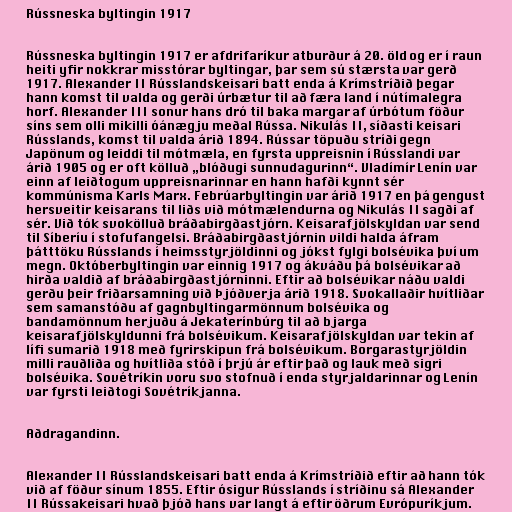
Rússneska byltingin 1917

Rússneska byltingin 1917 er afdrifaríkur atburður á 20. öld og er í raun
heiti yfir nokkrar misstórar byltingar, þar sem sú stærsta var gerð
1917. Alexander II Rússlandskeisari batt enda á Krímstríðið þegar
hann komst til valda og gerði úrbætur til að færa land í nútímalegra
horf. Alexander III sonur hans dró til baka margar af úrbótum föður
síns sem olli mikilli óánægju meðal Rússa. Nikulás II, síðasti keisari
Rússlands, komst til valda árið 1894. Rússar töpuðu stríði gegn
Japönum og leiddi til mótmæla, en fyrsta uppreisnin í Rússlandi var
árið 1905 og er oft kölluð „blóðugi sunnudagurinn“. Vladímír Lenín var
einn af leiðtogum uppreisnarinnar en hann hafði kynnt sér
kommúnisma Karls Marx. Febrúarbyltingin var árið 1917 en þá gengust
hersveitir keisarans til liðs við mótmælendurna og Nikulás II sagði af
sér. Við tók svokölluð bráðabirgðastjórn. Keisarafjölskyldan var send
til Síberíu í stofufangelsi. Bráðabirgðastjórnin vildi halda áfram
þátttöku Rússlands í heimsstyrjöldinni og jókst fylgi bolsévika því um
megn. Októberbyltingin var einnig 1917 og ákváðu þá bolsévikar að
hirða valdið af bráðabirgðastjórninni. Eftir að bolsévikar náðu valdi
gerðu þeir friðarsamning við Þjóðverja árið 1918. Svokallaðir hvítliðar
sem samanstóðu af gagnbyltingarmönnum bolsévika og
bandamönnum herjuðu á Jekaterínbúrg til að bjarga
keisarafjölskyldunni frá bolsévikum. Keisarafjölskyldan var tekin af
lífi sumarið 1918 með fyrirskipun frá bolsévikum. Borgarastyrjöldin
milli rauðliða og hvítliða stóð í þrjú ár eftir það og lauk með sigri
bolsévika. Sovétríkin voru svo stofnuð í enda styrjaldarinnar og Lenín
var fyrsti leiðtogi Sovétríkjanna.

Aðdragandinn.

Alexander II Rússlandskeisari batt enda á Krímstríðið eftir að hann tók
við af föður sínum 1855. Eftir ósigur Rússlands í stríðinu sá Alexander
II Rússakeisari hvað þjóð hans var langt á eftir öðrum Evrópuríkjum.